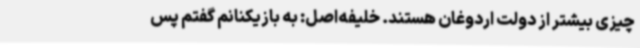
چیزی بیشتر از دولت اردوغان هستند. خلیفه‌اصل: به بازیکنانم گفتم پس